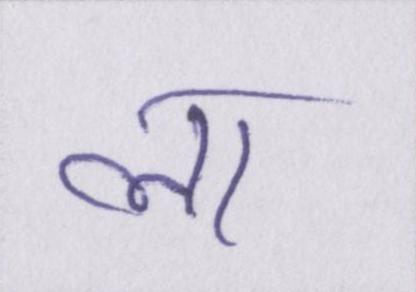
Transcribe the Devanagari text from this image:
ला